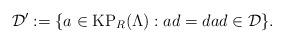
LaTeX: \begin{align*}\mathcal{D'} := \{a \in {\rm KP}_R(\Lambda): ad=da d \in \mathcal{D}\}.\end{align*}